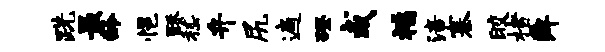
跣最龄悒酥嵇弁尻遍磴或福涪寨皎楮舜